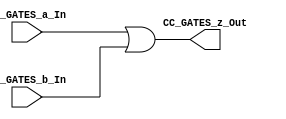
/*######################################################################
//#	G0B1T: HDL EXAMPLES. 2018.
//######################################################################
//# Copyright (C) 2018. F.E.Segura-Quijano (FES) fsegura@uniandes.edu.co
//# 
//# This program is free software: you can redistribute it and/or modify
//# it under the terms of the GNU General Public License as published by
//# the Free Software Foundation, version 3 of the License.
//#
//# This program is distributed in the hope that it will be useful,
//# but WITHOUT ANY WARRANTY; without even the implied warranty of
//# MERCHANTABILITY or FITNESS FOR A PARTICULAR PURPOSE.  See the
//# GNU General Public License for more details.
//#
//# You should have received a copy of the GNU General Public License
//# along with this program.  If not, see <http://www.gnu.org/licenses/>
//####################################################################*/
///Q=======================================================
//  MODULE Definition
//=======================================================
module OR_Registro_casas (
//////////// OUTPUTS //////////
	CC_GATES_z_Out,
//////////// INPUTS //////////
	
	CC_GATES_a_In,
	CC_GATES_b_In,
	
);
//=======================================================
//  PARAMETER declarations
//=======================================================

//=======================================================
//  PORT declarations
//=======================================================
output	[7:0]CC_GATES_z_Out;
input 	[7:0]CC_GATES_a_In;
input 	[7:0]CC_GATES_b_In;

//=======================================================Q/
///A=======================================================
//  REG/WIRE declarations
//=======================================================


//=======================================================
//  Structural coding
//=======================================================
assign CC_GATES_z_Out = CC_GATES_a_In | CC_GATES_b_In;

endmodule
//=======================================================A/